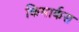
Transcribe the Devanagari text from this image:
किमार्कस